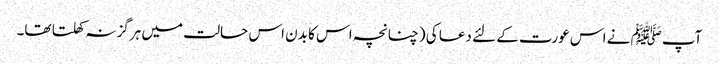
آپﷺ نے اس عورت کے لئے دعا کی (چنانچہ اس کا بدن اس حالت میں ہرگز نہ کھلتا تھا۔